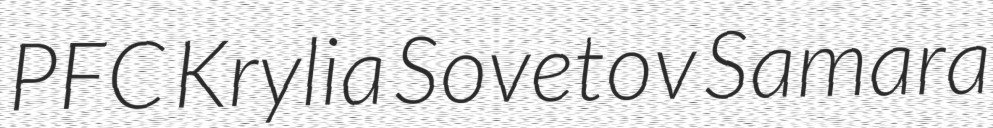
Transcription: PFC Krylia Sovetov Samara